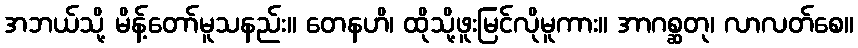
အဘယ်သို့ မိန့်တော်မူသနည်း။ တေနဟိ၊ ထိုသို့ဖူးမြင်လိုမူကား။ အာဂစ္ဆတု၊ လာလတ်စေ။